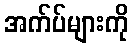
အက်ပ်များကို